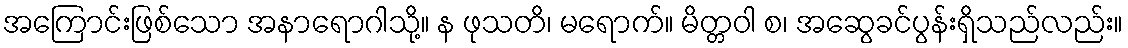
အကြောင်းဖြစ်သော အနာရောဂါသို့။ န ဖုသတိ၊ မရောက်။ မိတ္တဝါ စ၊ အဆွေခင်ပွန်းရှိသည်လည်း။